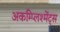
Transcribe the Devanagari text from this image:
अकम्प्लिश्मेंट्स